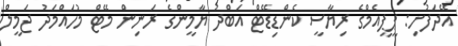
އޭދަފުށި: ޕީޕީއެމްގެ ރިޔާސީ ކެންޑިޑޭޓް އަބްދު ޔާމީންގެ ރަނިން މޭޓް މުހައްމަދު ޖަމީލް